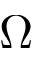
\Omega